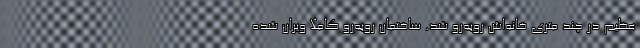
عظیم در چند متری خانه‌اش روبه‌رو شد. ساختمان روبه‌رو کاملا ویران شده